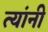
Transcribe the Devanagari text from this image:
त्यांनी